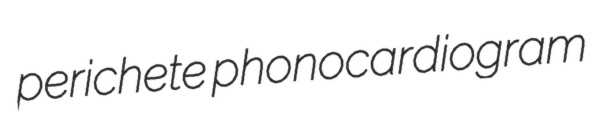
perichete phonocardiogram